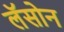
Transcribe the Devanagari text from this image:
लॅसोन